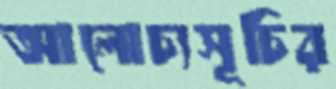
আলোচ্যসূচির